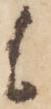
も